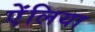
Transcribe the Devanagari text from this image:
ऐंलिया